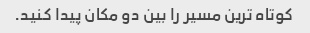
کوتاه ترین مسیر را بین دو مکان پیدا کنید.